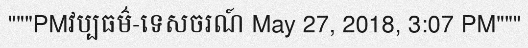
"""PMវប្បធម៌-ទេសចរណ៍ May 27, 2018, 3:07 PM"""